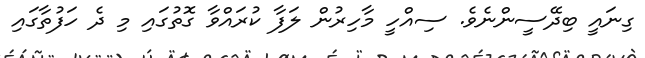
ގިނައީ ބިދޭސީންނެވެ. ސިއްހީ މާހިރުން ލަފާ ކުރައްވާ ގޮތުގައި މި ދެ ހަފުތާގައި